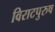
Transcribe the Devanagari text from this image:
विराटपुरुष